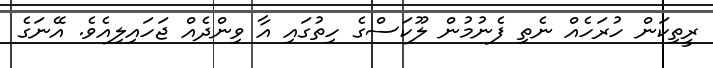
ރީތިކަން ހުރަހެއް ނެތި ފެނުމުން ލޫކަސްގެ ހިތުގައި އާ ވިންދެއް ޖަހައިލިއެވެ. އޭނަގެ